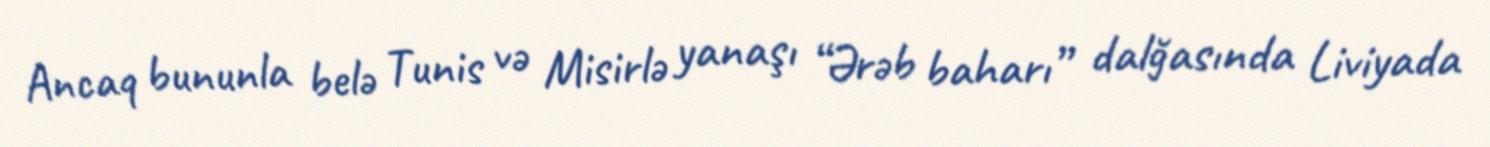
Ancaq bununla belə Tunis və Misirlə yanaşı “Ərəb baharı” dalğasında Liviyada